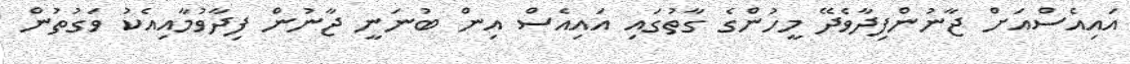
އައިއެސްއަށް ޖާނުންފިދާވެދޭ މީހުންގެ ގާތުގައި އައިއެސް އިން ބުނަނީ ޖާނުން ފިދާވުމާއިއެކު ވަގުތުން